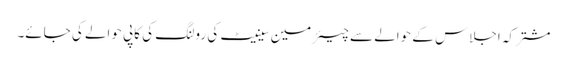
مشترکہ اجلاس کے حوالے سے چیئرمین سینیٹ کی رولنگ کی کاپی حوالے کی جائے۔